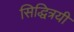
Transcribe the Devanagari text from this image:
सिद्धित्रयी